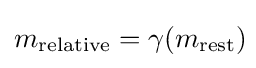
m_{\mathrm {relative} }=\gamma (m_{\mathrm {rest} })\!